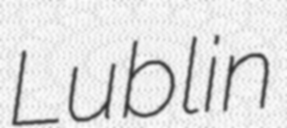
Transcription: Lublin